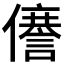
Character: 𠐜